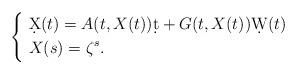
LaTeX: \begin{align*} \left\{ \begin{aligned} &\ \d X(t)=A(t,X(t))\d t+G(t,X(t))\d W(t)\\ &\ X(s)=\zeta^{s}. \end{aligned} \right. \end{align*}